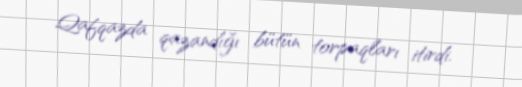
Qafqazda qazandığı bütün torpaqları itirdi.